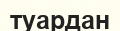
туардан